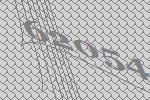
62054